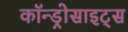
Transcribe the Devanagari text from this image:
कॉन्ड्रोसाइट्स